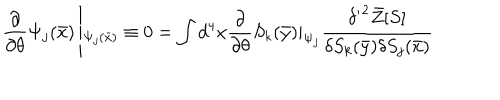
LaTeX: \frac { \partial } { \partial \theta } \Psi _ { j } ( \bar { x } ) \left| _ { \Psi _ { j } ( \bar { x } ) } \equiv 0 = \int d ^ { 4 } x \frac { \partial } { \partial \theta } S _ { k } ( \bar { y } ) | _ { \Psi _ { j } } \frac { { \delta ^ { \prime } } ^ { 2 } \bar { Z } [ S ] } { \delta S _ { k } ( \bar { y } ) \delta S _ { j } ( \bar { x } ) } \right.